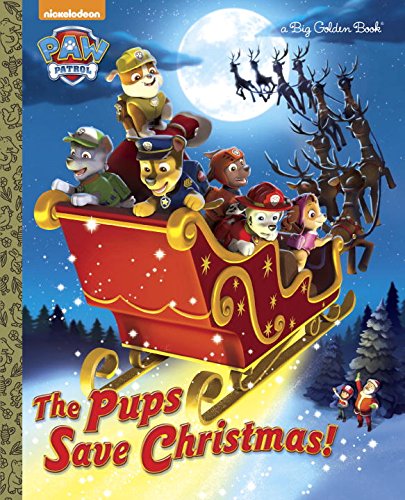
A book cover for The Pups Save Christmas! (Paw Patrol) (Big Golden Book); Golden Books; Children's Books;